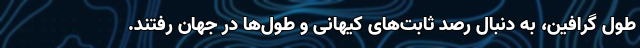
طول گرافین، به دنبال رصد ثابت‌های کیهانی و طول‌ها در جهان رفتند.